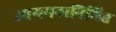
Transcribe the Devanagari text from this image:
आगमनानिमित्त